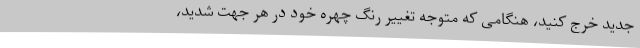
جدید خرج کنید، هنگامی که متوجه تغییر رنگ چهره خود در هر جهت شدید،